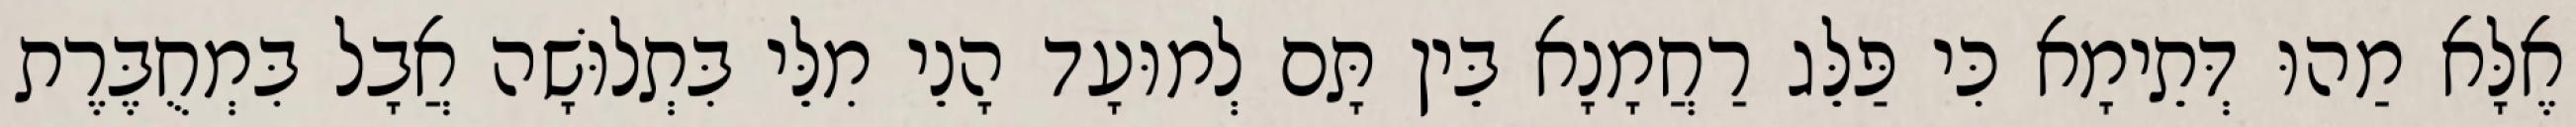
אֶלָּא מַהוּ דְּתֵימָא כִּי פַּלֵּג רַחֲמָנָא בֵּין תָּם לְמוּעָד הָנֵי מִלֵּי בִּתְלוּשָׁה אֲבָל בִּמְחֻבֶּרֶת